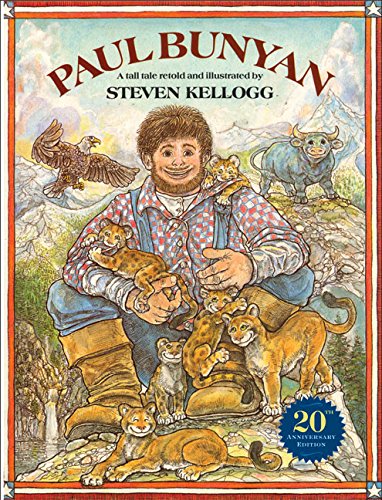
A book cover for Paul Bunyan (Reading rainbow book); Steven Kellogg; Children's Books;